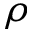
\rho